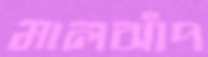
মালঝাঁপ